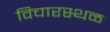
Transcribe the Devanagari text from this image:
विचारस्थळ